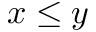
x \leq y